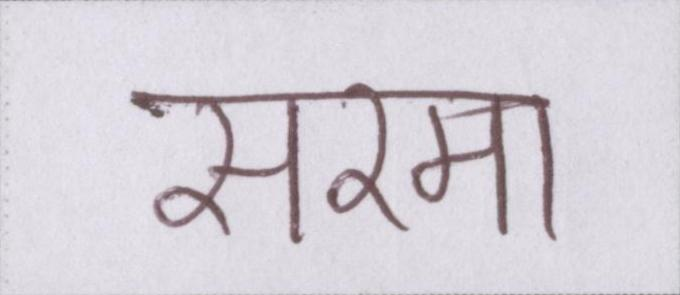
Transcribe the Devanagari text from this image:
सरमा